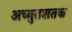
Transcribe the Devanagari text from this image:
अच्युतशतक